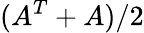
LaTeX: (A^{T}+A)/2